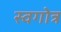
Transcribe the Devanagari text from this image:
स्वगोत्र